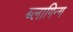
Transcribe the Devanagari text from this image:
ब्लागिन्ग